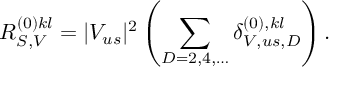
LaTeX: R _ { S , V } ^ { ( 0 ) k l } = | V _ { u s } | ^ { 2 } \left( \sum _ { D = 2 , 4 , \dots } \delta _ { V , u s , D } ^ { ( 0 ) , k l } \right) .